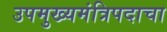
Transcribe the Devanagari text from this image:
उपमुख्यमंत्रिपदाचा